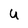
Character: U